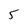
Character: 5